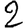
Digit: 2